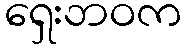
ရှေးဘဝက